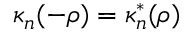
\kappa _ { n } ( - \rho ) = { \kappa } _ { n } ^ { * } ( \rho )